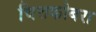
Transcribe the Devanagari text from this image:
चित्तकोबरा